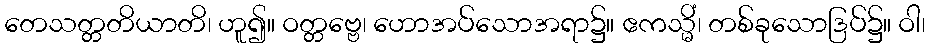
တေသတ္တတိယာတိ၊ ဟူ၍။ ဝတ္တဗ္ဗေ၊ ဟောအပ်သောအရာ၌။ ဧကသ္မိံ၊ တစ်ခုသောဒြပ်၌။ ဝါ၊